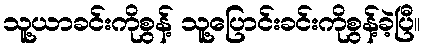
သူ့ယာခင်းကိုစွန့် သူ့ပြောင်းခင်းကိုစွန့်ခဲ့ပြီ။